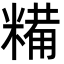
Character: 糒